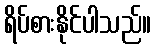
ရိပ်စားနိုင်ပါသည်။